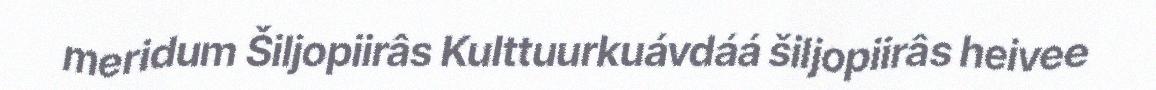
meridum Šiljopiirâs Kulttuurkuávdáá šiljopiirâs heivee